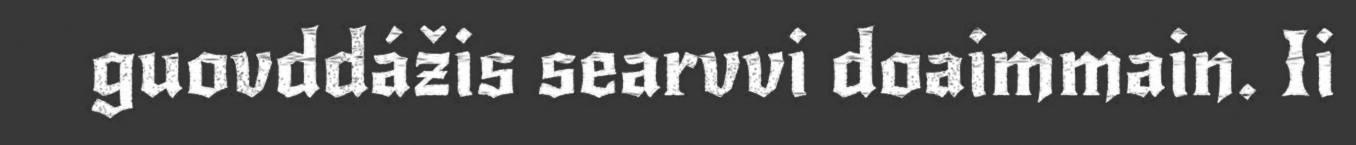
guovddážis searvvi doaimmain. Ii